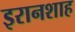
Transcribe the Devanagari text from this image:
इरानशाह